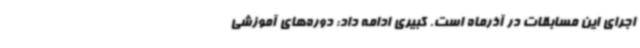
اجرای این مسابقات در آذرماه است. کبیری ادامه داد: دوره‌های آموزشی